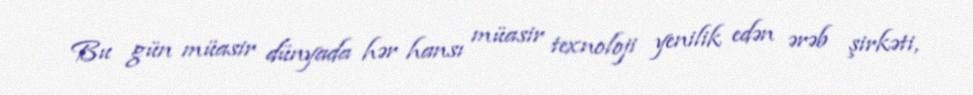
Bu gün müasir dünyada hər hansı müasir texnoloji yenilik edən ərəb şirkəti,